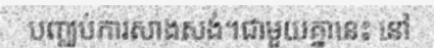
បញ្ឈប់ការសាងសង់។ជាមួយគ្នានេះ នៅ